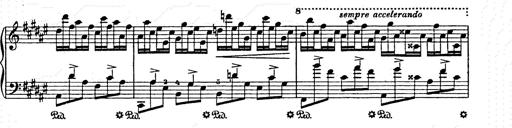
Title: AnnÃ©es de pÃ¨lerinage II
Composer: Franz Liszt